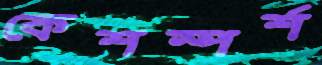
কেশস্পর্শ